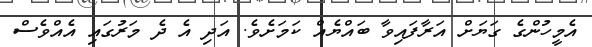
އެމީހުންގެ ގަޔަށް އަރާފައިވާ ބައްޔެއް ކަމަށެވެ. އަދި އެ ދެ މަރުގައި އެއްވެސް